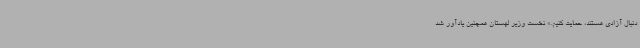
دنبال آزادی هستند، حمایت کنیم.» نخست وزیر لهستان همچنین یادآور شد